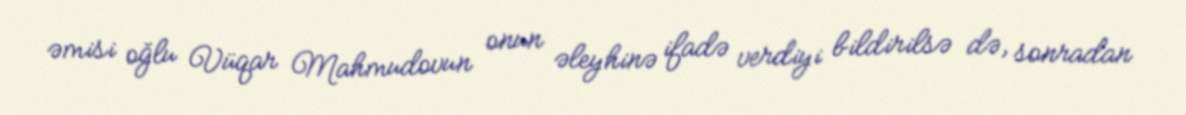
əmisi oğlu Vüqar Mahmudovun onun əleyhinə ifadə verdiyi bildirilsə də, sonradan